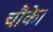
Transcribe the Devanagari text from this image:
चौंके।